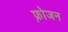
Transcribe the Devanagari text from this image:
फ़्रोजन